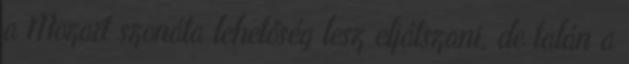
a Mozart szonáta lehetőség lesz eljátszani, de talán a